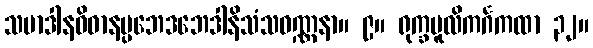
သမာဒါနဝိဓာနပ္ပဘေဒဘေဒါနိသံသဝဏ္ဏနာ။ ၉။ ရုက္ခမူလိကင်္ဂကထာ ၃၂။